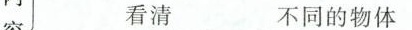
看清___不同的物体